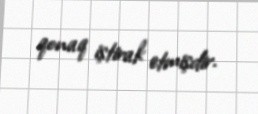
qonaq iştirak etmişdir.